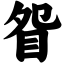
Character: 眢